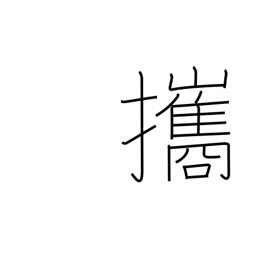
Meaning: bring along